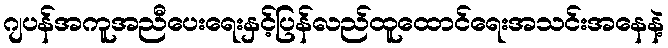
ဂျပန်အကူအညီပေးရေးနှင့်ပြန်လည်ထူထောင်ရေးအသင်းအနေနဲ့